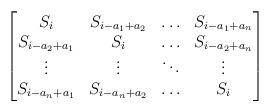
LaTeX: \begin{align*}\begin{bmatrix}S_i & S_{i-a_1+a_2} & \hdots & S_{i-a_1+a_n} \\S_{i-a_2+a_1} & S_i & \hdots & S_{i-a_2+a_n} \\\vdots & \vdots & \ddots & \vdots \\S_{i-a_n+a_1} & S_{i-a_n+a_2} & \hdots & S_i \end{bmatrix} \end{align*}